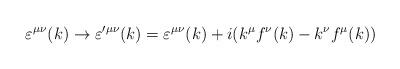
LaTeX: \begin{align*}\varepsilon^{\mu \nu}(k) \rightarrow \varepsilon'^{\mu \nu}(k) = \varepsilon^{\mu \nu}(k) + i(k^{\mu}f^{\nu}(k) - k^{\nu}f^{\mu}(k))\end{align*}